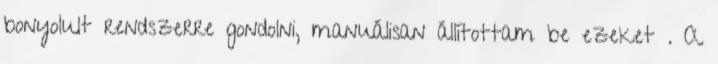
bonyolult rendszerre gondolni, manuálisan állítottam be ezeket . A